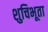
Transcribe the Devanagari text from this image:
शुचिभूता